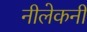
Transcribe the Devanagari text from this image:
नीलेकनी